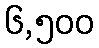
၆,၅၀၀